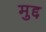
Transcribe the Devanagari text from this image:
मुद्द